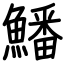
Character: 鱕